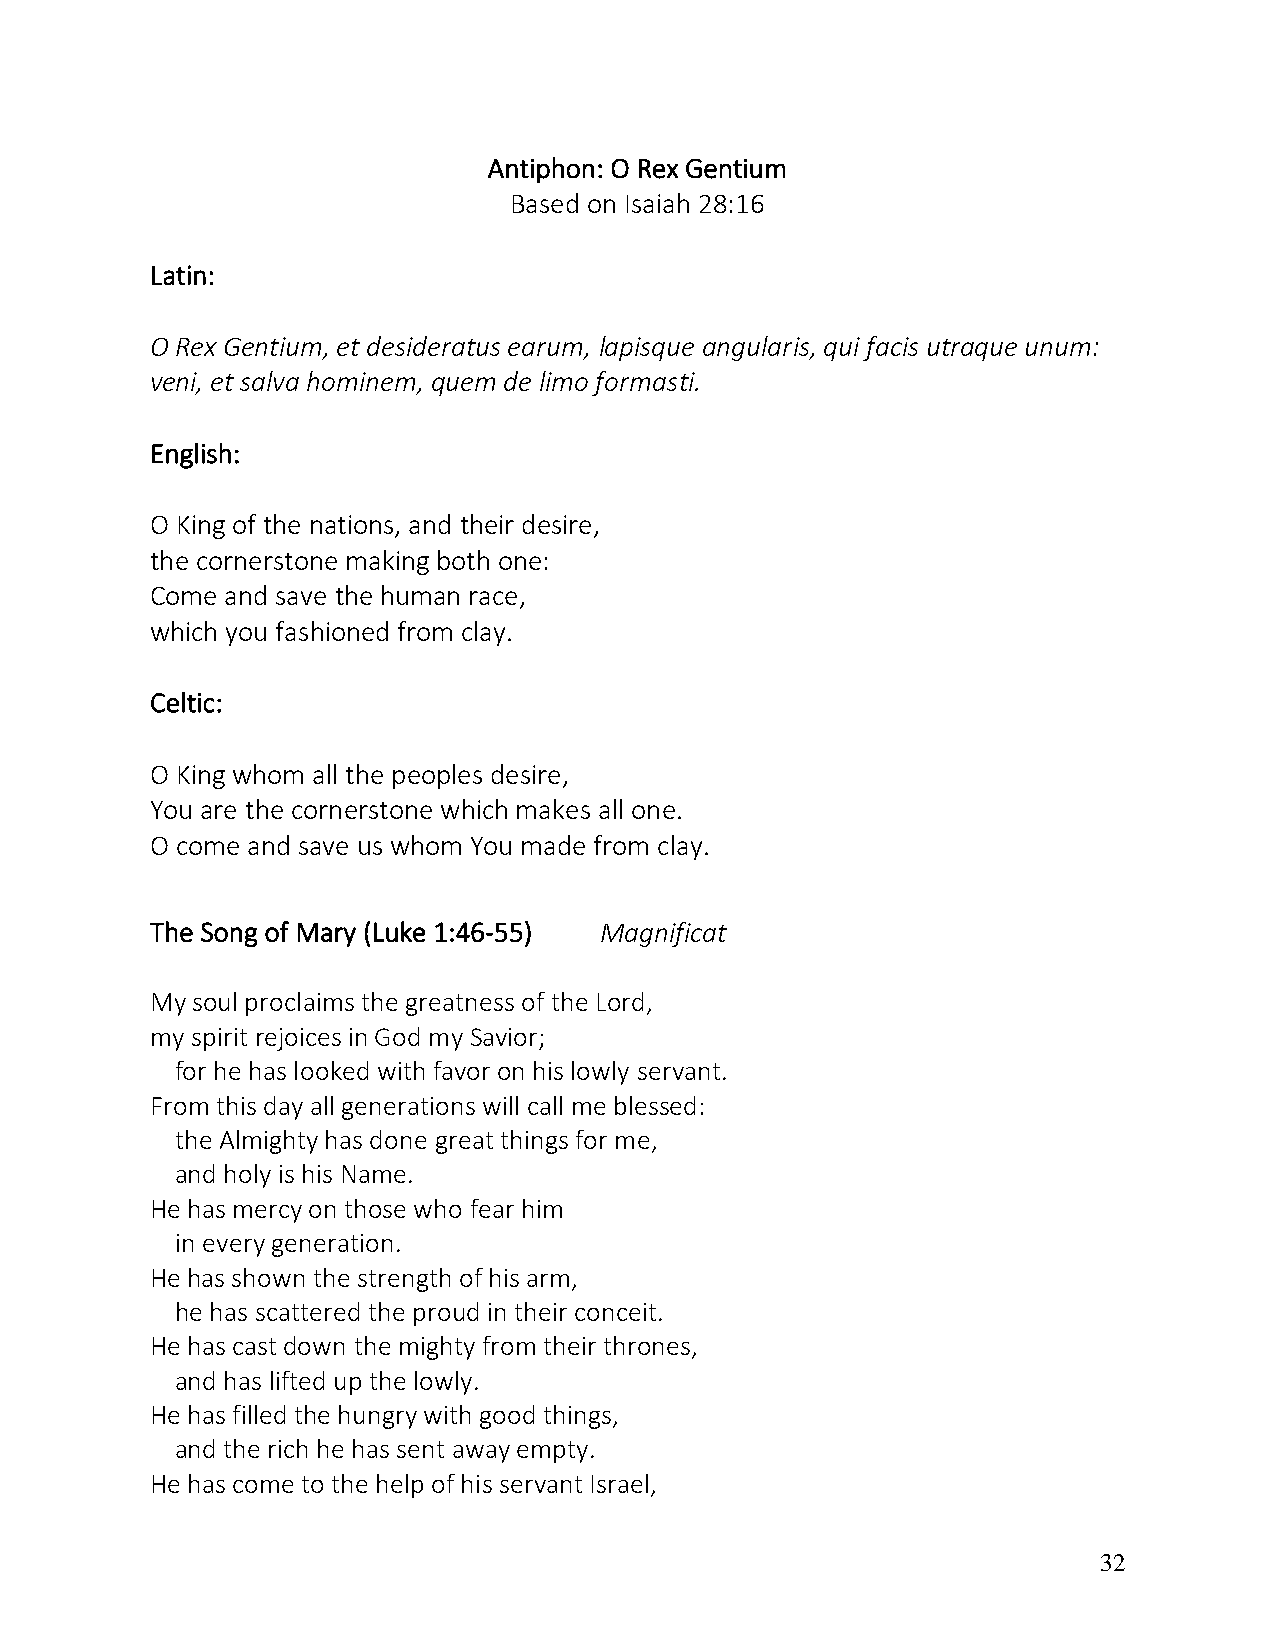
Antiphon: O Rex Gentium
 Based on Isaiah 28:16
 Latin:
 O Rex Gentium, et desideratus earum, lapisque angularis, qui facis utraque unum:
 veni, et salva hominem, quem de limo formasti.
 English:
 O King of the nations, and their desire,
 the cornerstone making both one:
 Come and save the human race,
 which you fashioned from clay.
 Celtic:
 O King whom all the peoples desire,
 You are the cornerstone which makes all one.
 O come and save us whom You made from clay.
 The Song of Mary (Luke 1:46-55) Magnificat
 My soul proclaims the greatness of the Lord,
 my spirit rejoices in God my Savior;
 for he has looked with favor on his lowly servant.
 From this day all generations will call me blessed:
 the Almighty has done great things for me,
 and holy is his Name.
 He has mercy on those who fear him
 in every generation.
 He has shown the strength of his arm,
 he has scattered the proud in their conceit.
 He has cast down the mighty from their thrones,
 and has lifted up the lowly.
 He has filled the hungry with good things,
 and the rich he has sent away empty.
 He has come to the help of his servant Israel,
 32